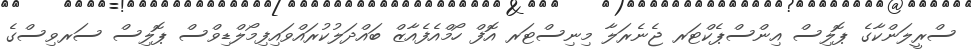
ސްރީލަންކާގެ ޕޮލިސް އިންސްޕެކްޓަރ ޖެނެރަލާ މިނިސްޓަރ އޮފް ހޯމްއެފެއާޒް ބައްދަލުކުރައްވައިފިމޯލްޑިވްސް ޕޮލިސް ސަރވިސްގެ